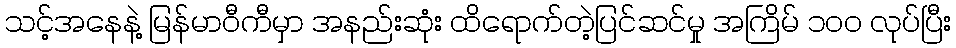
သင့်အနေနဲ့ မြန်မာဝီကီမှာ အနည်းဆုံး ထိရောက်တဲ့ပြင်ဆင်မှု အကြိမ် ၁၀၀ လုပ်ပြီး